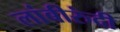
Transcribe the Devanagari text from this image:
लांबीरुंदी